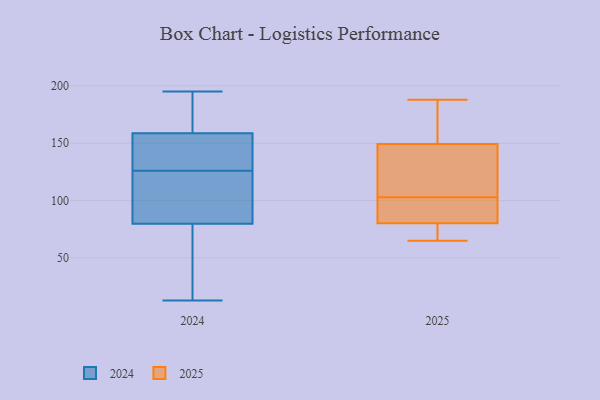
{"axis": {"x": "Production Output", "y": "Value"}, "legend": ["2024", "2025"], "data": [{"x": "", "y": 164, "type": "2024"}, {"x": "", "y": 34, "type": "2024"}, {"x": "", "y": 132, "type": "2024"}, {"x": "", "y": 106, "type": "2024"}, {"x": "", "y": 63, "type": "2024"}, {"x": "", "y": 149, "type": "2024"}, {"x": "", "y": 88, "type": "2024"}, {"x": "", "y": 81, "type": "2024"}, {"x": "", "y": 195, "type": "2024"}, {"x": "", "y": 126, "type": "2024"}, {"x": "", "y": 103, "type": "2024"}, {"x": "", "y": 184, "type": "2024"}, {"x": "", "y": 157, "type": "2024"}, {"x": "", "y": 76, "type": "2024"}, {"x": "", "y": 190, "type": "2024"}, {"x": "", "y": 13, "type": "2024"}, {"x": "", "y": 153, "type": "2024"}, {"x": "", "y": 90, "type": "2025"}, {"x": "", "y": 188, "type": "2025"}, {"x": "", "y": 156, "type": "2025"}, {"x": "", "y": 147, "type": "2025"}, {"x": "", "y": 88, "type": "2025"}, {"x": "", "y": 167, "type": "2025"}, {"x": "", "y": 75, "type": "2025"}, {"x": "", "y": 70, "type": "2025"}, {"x": "", "y": 103, "type": "2025"}, {"x": "", "y": 65, "type": "2025"}, {"x": "", "y": 132, "type": "2025"}, {"x": "", "y": 114, "type": "2025"}, {"x": "", "y": 82, "type": "2025"}]}